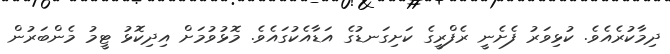
ދިމާކުރެއެވެ. ކުޅިވަރު ފެށެނީ ރެފްރީގެ ކަށިގަނޑުގެ އަޑާއެކުގައެވެ. މޮޅުވުމަށް އިދިކޮޅު ޓީމު މެންބަރުން